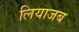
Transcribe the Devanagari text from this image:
लियाजब